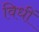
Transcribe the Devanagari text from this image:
विधीं